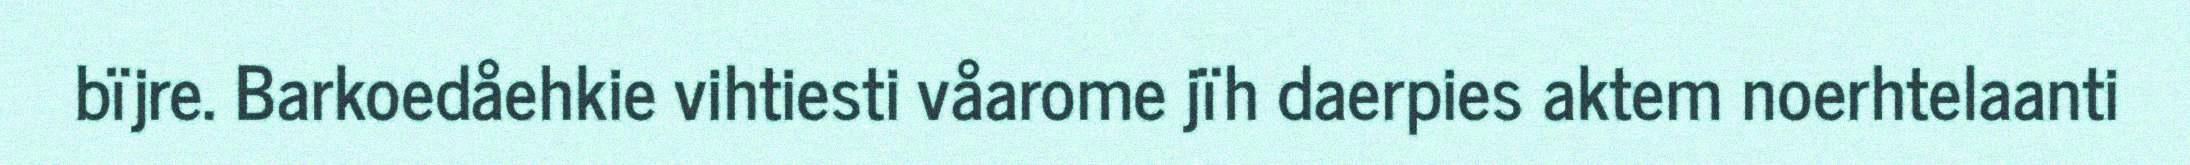
bïjre. Barkoedåehkie vihtiesti våarome jïh daerpies aktem noerhtelaanti